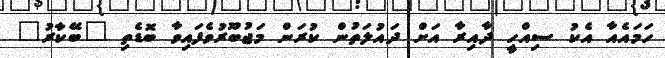
ހަމައެއާ އެކު ސިއްހީ ދާއިރާ އަށް ދައުލަތުން ކުރަން މަޖުބޫރުވެފައިވާ ބޮޑެތި "ބޭކާރު"